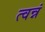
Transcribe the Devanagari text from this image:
त्वन्नं